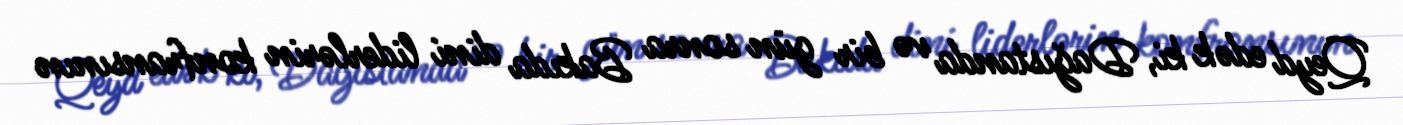
Qeyd edək ki, Dağıstanda və bir gün sonra Bakıda dini liderlərin konfransının